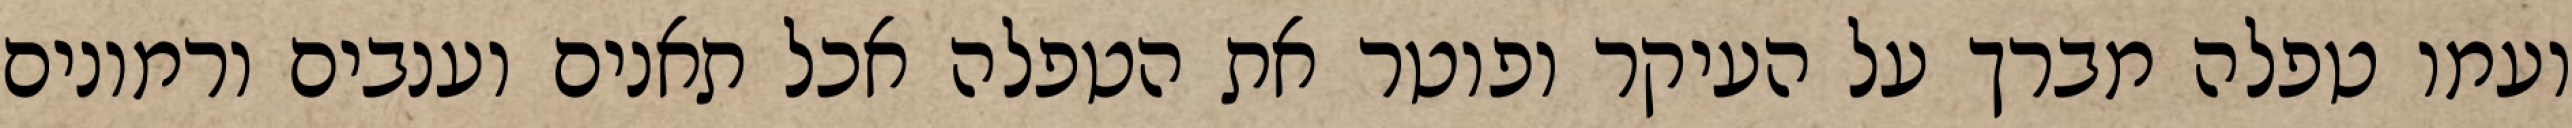
ועמו טפלה מברך על העיקר ופוטר את הטפלה אכל תאנים וענבים ורמונים